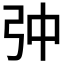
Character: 𱝙